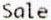
SALE